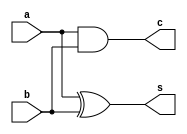
module half_adder_gate_level(s, c, a, b);

// input a, b;
// output s, c;
// xor (s, a, b);
// and (c, a, b);

// endmodule
module half_adder_data_flow(s, c, a, b);

// input a, b;
// output s, c;

// assign s = (a ^ b);
// assign c = (a & b);

// endmodule
module half_adder_behavior_model(s, c, a, b);

input a, b;
output s, c;

always @ (a or b) begin
    s = a ^ b;
    c = a & b;
end

endmodule